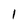
Character: 1